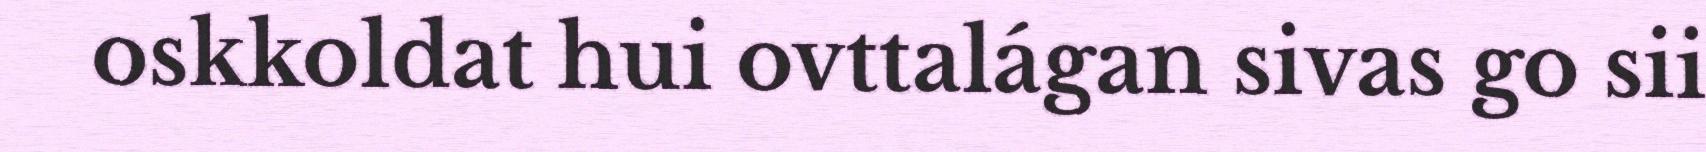
oskkoldat hui ovttalágan sivas go sii